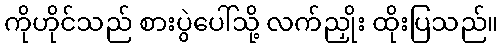
ကိုဟိုင်သည် စားပွဲပေါ်သို့ လက်ညှိုး ထိုးပြသည်။